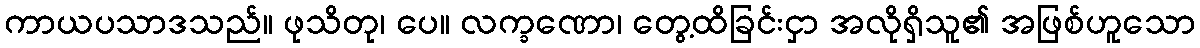
ကာယပသာဒသည်။ ဖုသိတု၊ ပေ။ လက္ခဏော၊ တွေ့ထိခြင်းငှာ အလိုရှိသူ၏ အဖြစ်ဟူသော